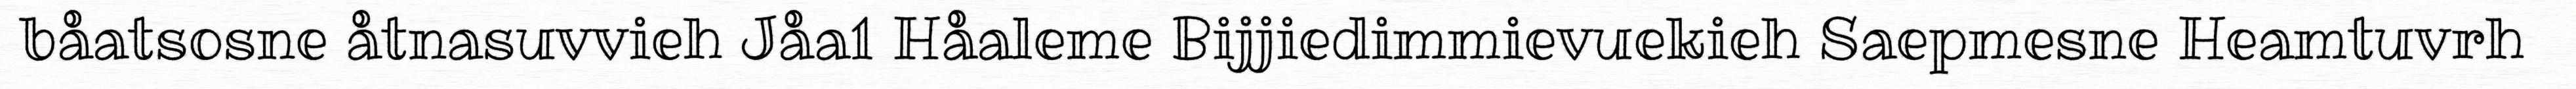
båatsosne åtnasuvvieh Jåa1 Håaleme Bijjiedimmievuekieh Saepmesne Heamtuvrh